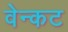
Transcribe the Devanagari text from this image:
वेन्कट